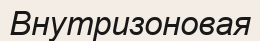
Внутризоновая